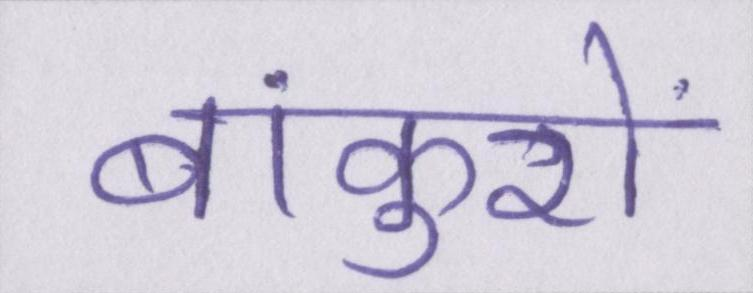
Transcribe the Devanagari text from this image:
बांकुरों